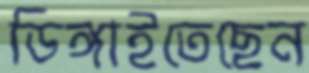
ডিঙ্গাইতেছেন